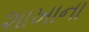
શાખાના